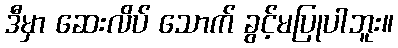
ဒီမှာ ဆေးလိပ် သောက် ခွင့်မပြုပါဘူး။